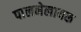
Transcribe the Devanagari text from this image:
पालनेलायक